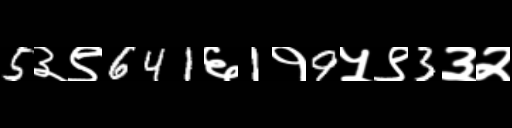
Text: 5३९641६1१9५९3३२